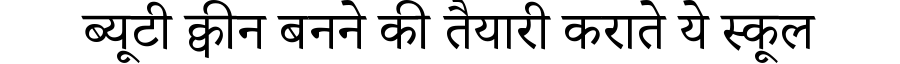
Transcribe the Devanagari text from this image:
ब्यूटी क्वीन बनने की तैयारी कराते ये स्कूल